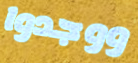
ووجدوا